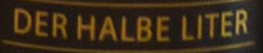
DER HALBE LITER